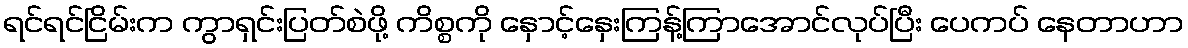
ရင်ရင်ငြိမ်းက ကွာရှင်းပြတ်စဲဖို့ ကိစ္စကို နှောင့်နှေးကြန့်ကြာအောင်လုပ်ပြီး ပေကပ် နေတာဟာ